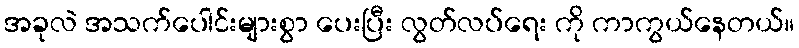
အခုလဲ အသက်ပေါင်းများစွာ ပေးပြီး လွတ်လပ်ရေး ကို ကာကွယ်နေတယ်။